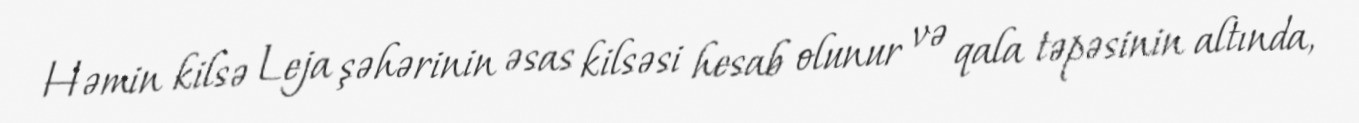
Həmin kilsə Leja şəhərinin əsas kilsəsi hesab olunur və qala təpəsinin altında,